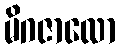
မိဂဇာလော